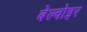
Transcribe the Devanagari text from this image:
बेल्वोइर